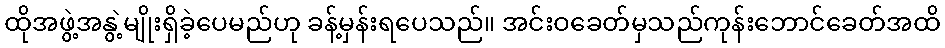
ထိုအဖွဲ့အနွဲ့မျိုးရှိခဲ့ပေမည်ဟု ခန့်မှန်းရပေသည်။ အင်းဝခေတ်မှသည်ကုန်းဘောင်ခေတ်အထိ